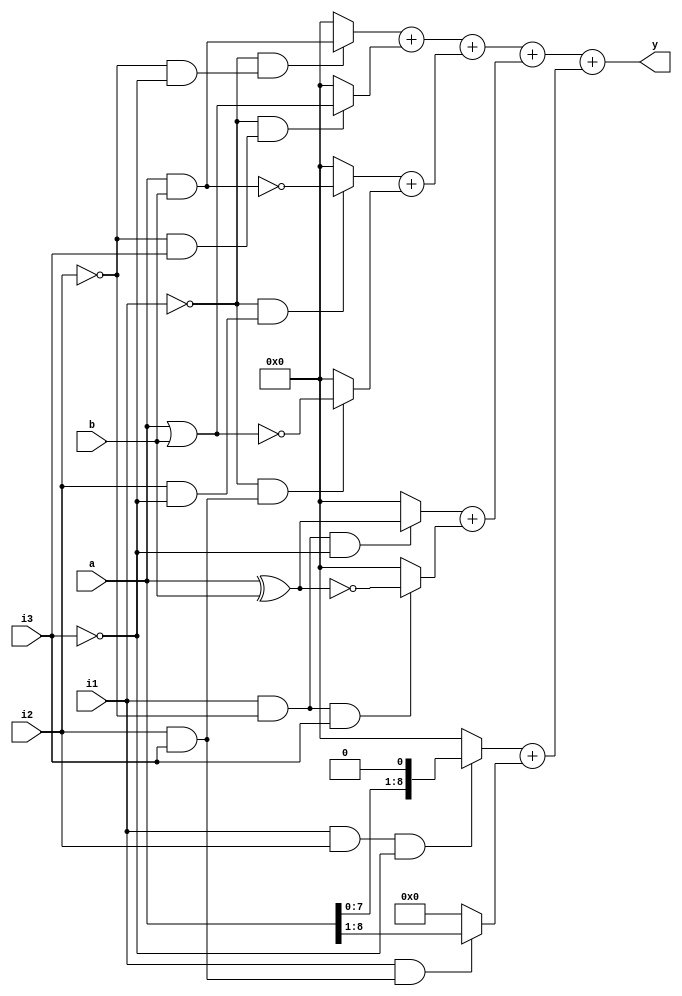
//CS20B029
module mux8to1 #(parameter  N=9) (a,b,i2,i1,i3,y);
input i1,i2,i3;  // These are select lines
input [N-1:0] a,b;  // These are input variables
output [N-1:0]y;

wire [N-1:0] y1,y2,y3,y4,y5,y6,y7,y8 ;
wire ic1,ic2,ic3;

assign ic1 = ~i1;
assign ic2 = ~i2;
assign ic3 = ~i3;

assign y1 = (ic1 &( ic2 & ic3))? a & b : 0;
assign y2 = (ic1 &( ic2 & i3))? a | b : 0;
assign y3 = (ic1 & (i2 & ic3))? ~(a & b) : 0;
assign y4 = (ic1 & (i2 & i3))? ~(a|b) : 0;
assign y5 = ((i1 & ic2) & ic3)? a^b : 0;
assign y6 = ((i1 & ic2 )& i3)? ~(a^b): 0;
assign y7 = (i1 & i2 & ic3)? {a[N-2:0] , 1'b0} : 0; // Left Shift
assign y8 = (i1 & (i2 & i3))? {1'b0 ,a[N-1:1]} : 0; // Right Shift

assign y = (y1 + y2) + (y3 + y4) + (y5 + y6 )+( y7 +y8);

endmodule